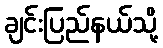
ချင်းပြည်နယ်သို့